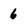
Character: 6